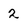
Character: 2